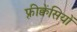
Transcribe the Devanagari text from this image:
फ़्रीक्वेंसियों